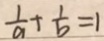
\frac { 1 } { a } + \frac { 1 } { b } = 1